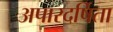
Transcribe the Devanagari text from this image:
अपारदर्षिता